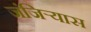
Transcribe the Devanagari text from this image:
जंजिऱ्यास